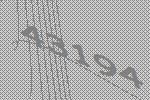
43194